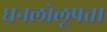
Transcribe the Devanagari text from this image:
धनलोलूपता